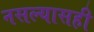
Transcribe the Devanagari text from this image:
नसल्यासही